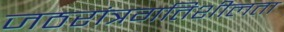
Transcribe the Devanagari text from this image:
जठरांत्रगतिशीलता